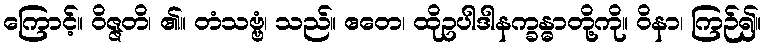
ကြောင့်။ ဝိဇ္ဇတိ၊ ၏။ တံသဗ္ဗံ၊ သည်။ ဧတေ၊ ထိုဥပါဒါနက္ခန္ဓာတို့ကို။ ဝိနာ၊ ကြဉ်၍။